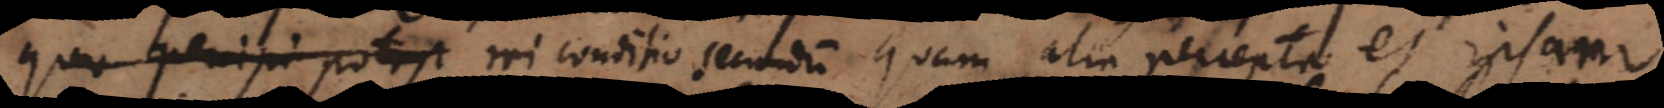
quo percipi potest rei conditio secundum quam alia percepta et ipsa